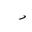
Letter: _ra